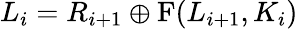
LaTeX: L_{i}=R_{i+1}\oplus\mathrm{{F}}(L_{i+1},K_{i})